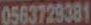
0563729381